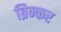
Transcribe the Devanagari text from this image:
ब्रिन्कर